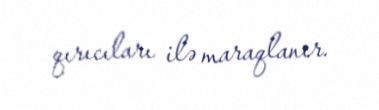
qırıcıları ilə maraqlanır.